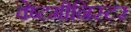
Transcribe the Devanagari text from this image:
वेष्टमीनिस्टर